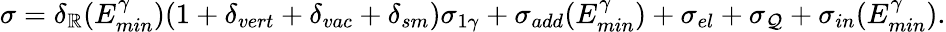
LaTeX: \sigma=\delta_{\mathbb{R}}(E_{min}^{\gamma})(1+\delta_{vert}+\delta_{vac}+\delta_{sm})\sigma_{1\gamma}+\sigma_{add}(E_{min}^{\gamma})+\sigma_{el}+\sigma_{\mathcal{Q}}+\sigma_{in}(E_{min}^{\gamma}).